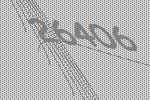
26406